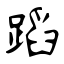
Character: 蹈